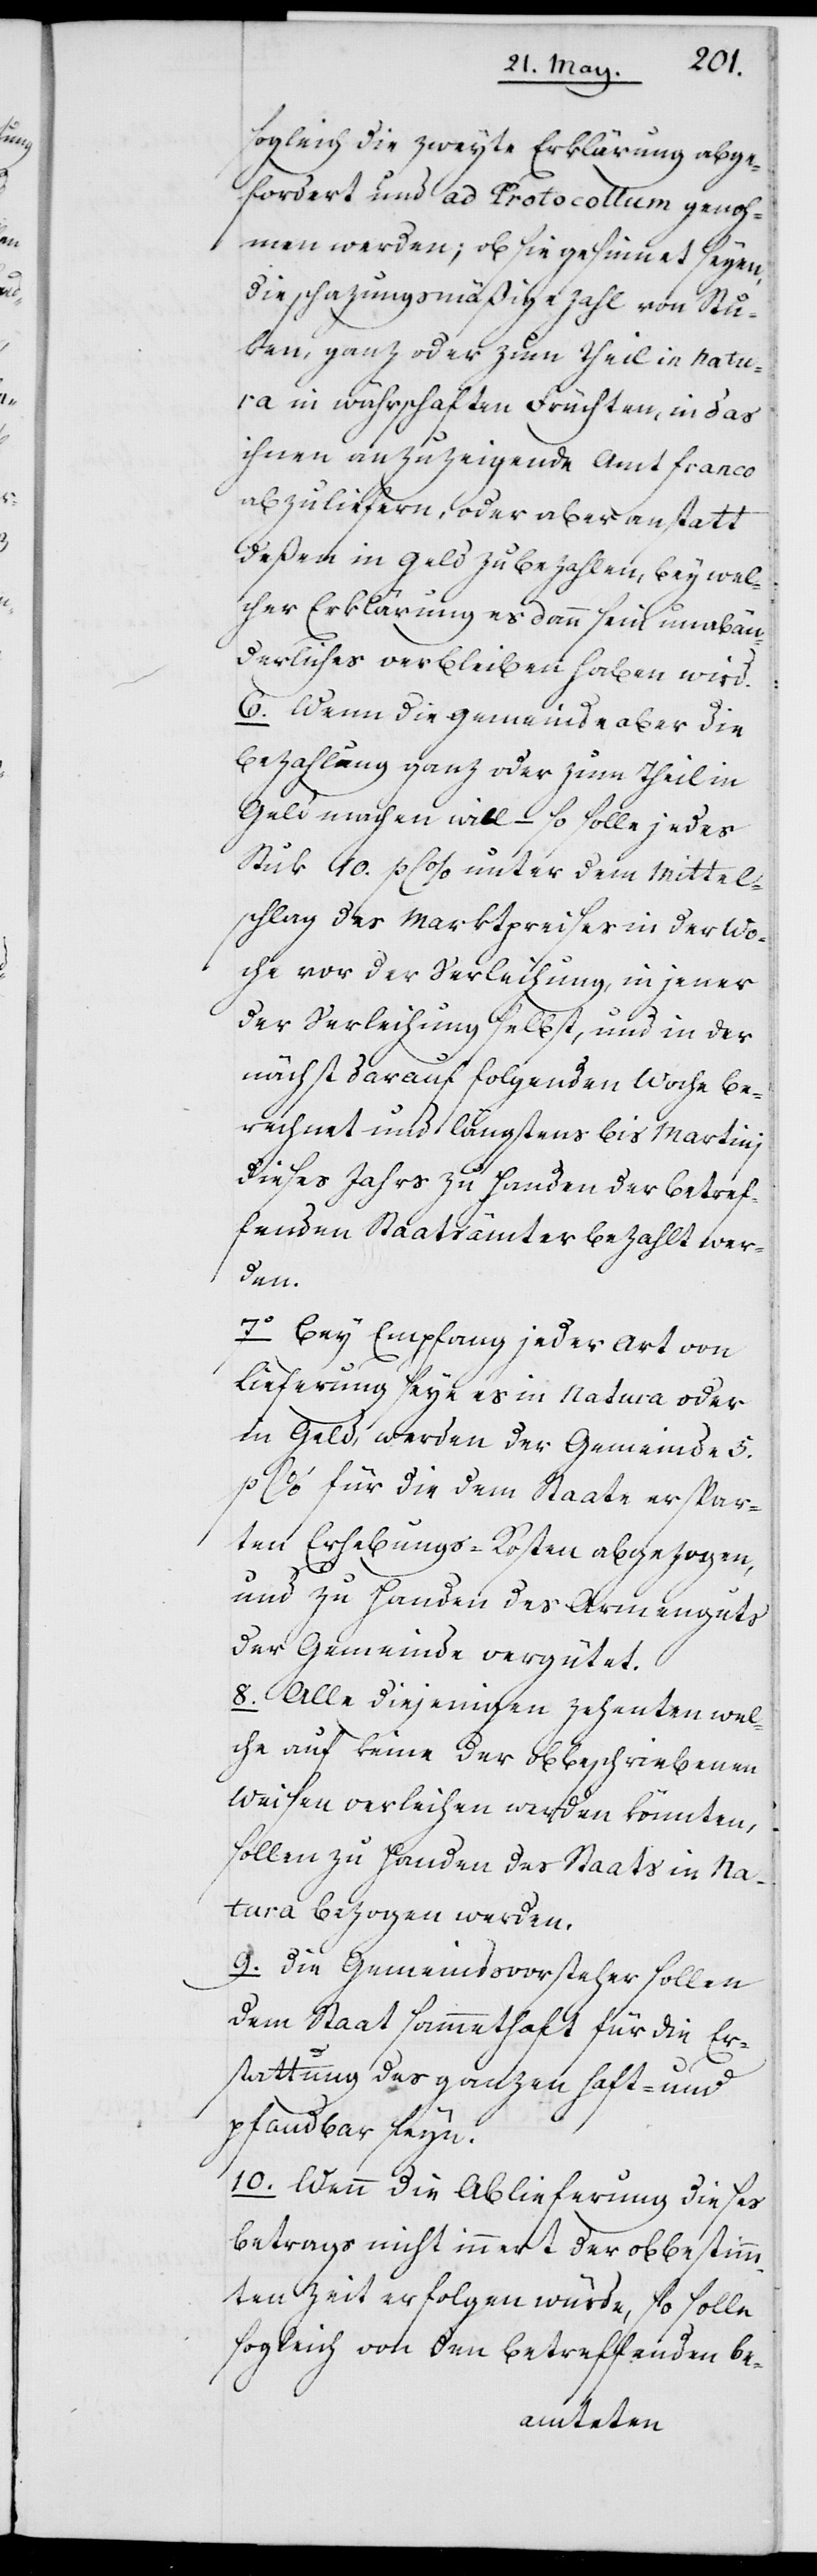
sogleich die zweyte Erklärung abge¬
fordert und ad Protocollum genoh¬
men werden, ob sie gesinnet seyen,
die schazungsmäßige Zahl von Stuc¬
ken, ganz oder zum Theil in Natu¬
ra in währschaften Früchten, in das
ihnen anzuzeigende Amt franco
abzuliefern, oder aber anstatt
deßen in Geld zu bezahlen, bey wel¬
cher Erklärung es dann sein unabän¬
derliches verbleiben haben wird.
6. Wenn die Gemeinde aber die
Bezahlung ganz oder zum Theil in
Geld machen will – so solle jedes
Stük 10. p C% unter dem Mittel¬
schlag des Marktpreises in der Wo¬
che vor der Verleihung, in jener
der Verleihung selbst, und in der
nächst darauf folgenden Woche be¬
rechnet und längstens bis Martinj
dieses Jahrs zu Handen der betref¬
fenden Staatsämter bezahlt wer¬
den.
7. Bey Empfang jeder Art von
Lieferung seye es in Natura oder
in Geld, werden der Gemeinde 5.
p C% für die dem Staate erspar¬
ten Erhebungs-Kosten abgezogen,
und zu Handen des Armenguts
der Gemeinde vergütet.
8. Alle diejenigen Zehenten, wel¬
che auf keine der obbeschriebenen
Weisen verleihen werden könnten,
sollen zu Handen des Staats in Na¬
tura bezogen werden.
9. Die Gemeindsvorsteher sollen
dem Staat sammethaft für die Er¬
stattung des ganzen haft- und
pfandbar seyn.
10. Wenn die Ablieferung dieses
Betrags nicht innert der obbestimm¬
ten Zeit erfolgen würde, so solle
sogleich von den betreffenden Be-